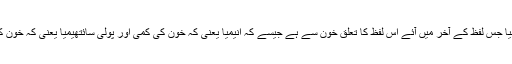
جیسے کہ میا- ایم آئی اے ، میا جس لفظ کے آخر میں آئے اس لفظ کا تعلق خون سے ہے جیسے کہ انیمیا یعنی کہ خون کی کمی اور پولی سائتھیمیا یعنی کہ خون کے سرخ جسیموں کی زیادتی۔